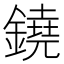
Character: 鐃